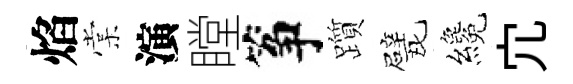
焰棠演瞠筝躓戏纔宂